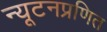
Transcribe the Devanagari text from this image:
न्यूटनप्रणित